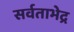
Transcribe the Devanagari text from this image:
सर्वताभेद्र